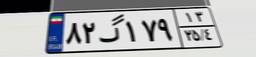
۸۲گ۱۷۹۱۳